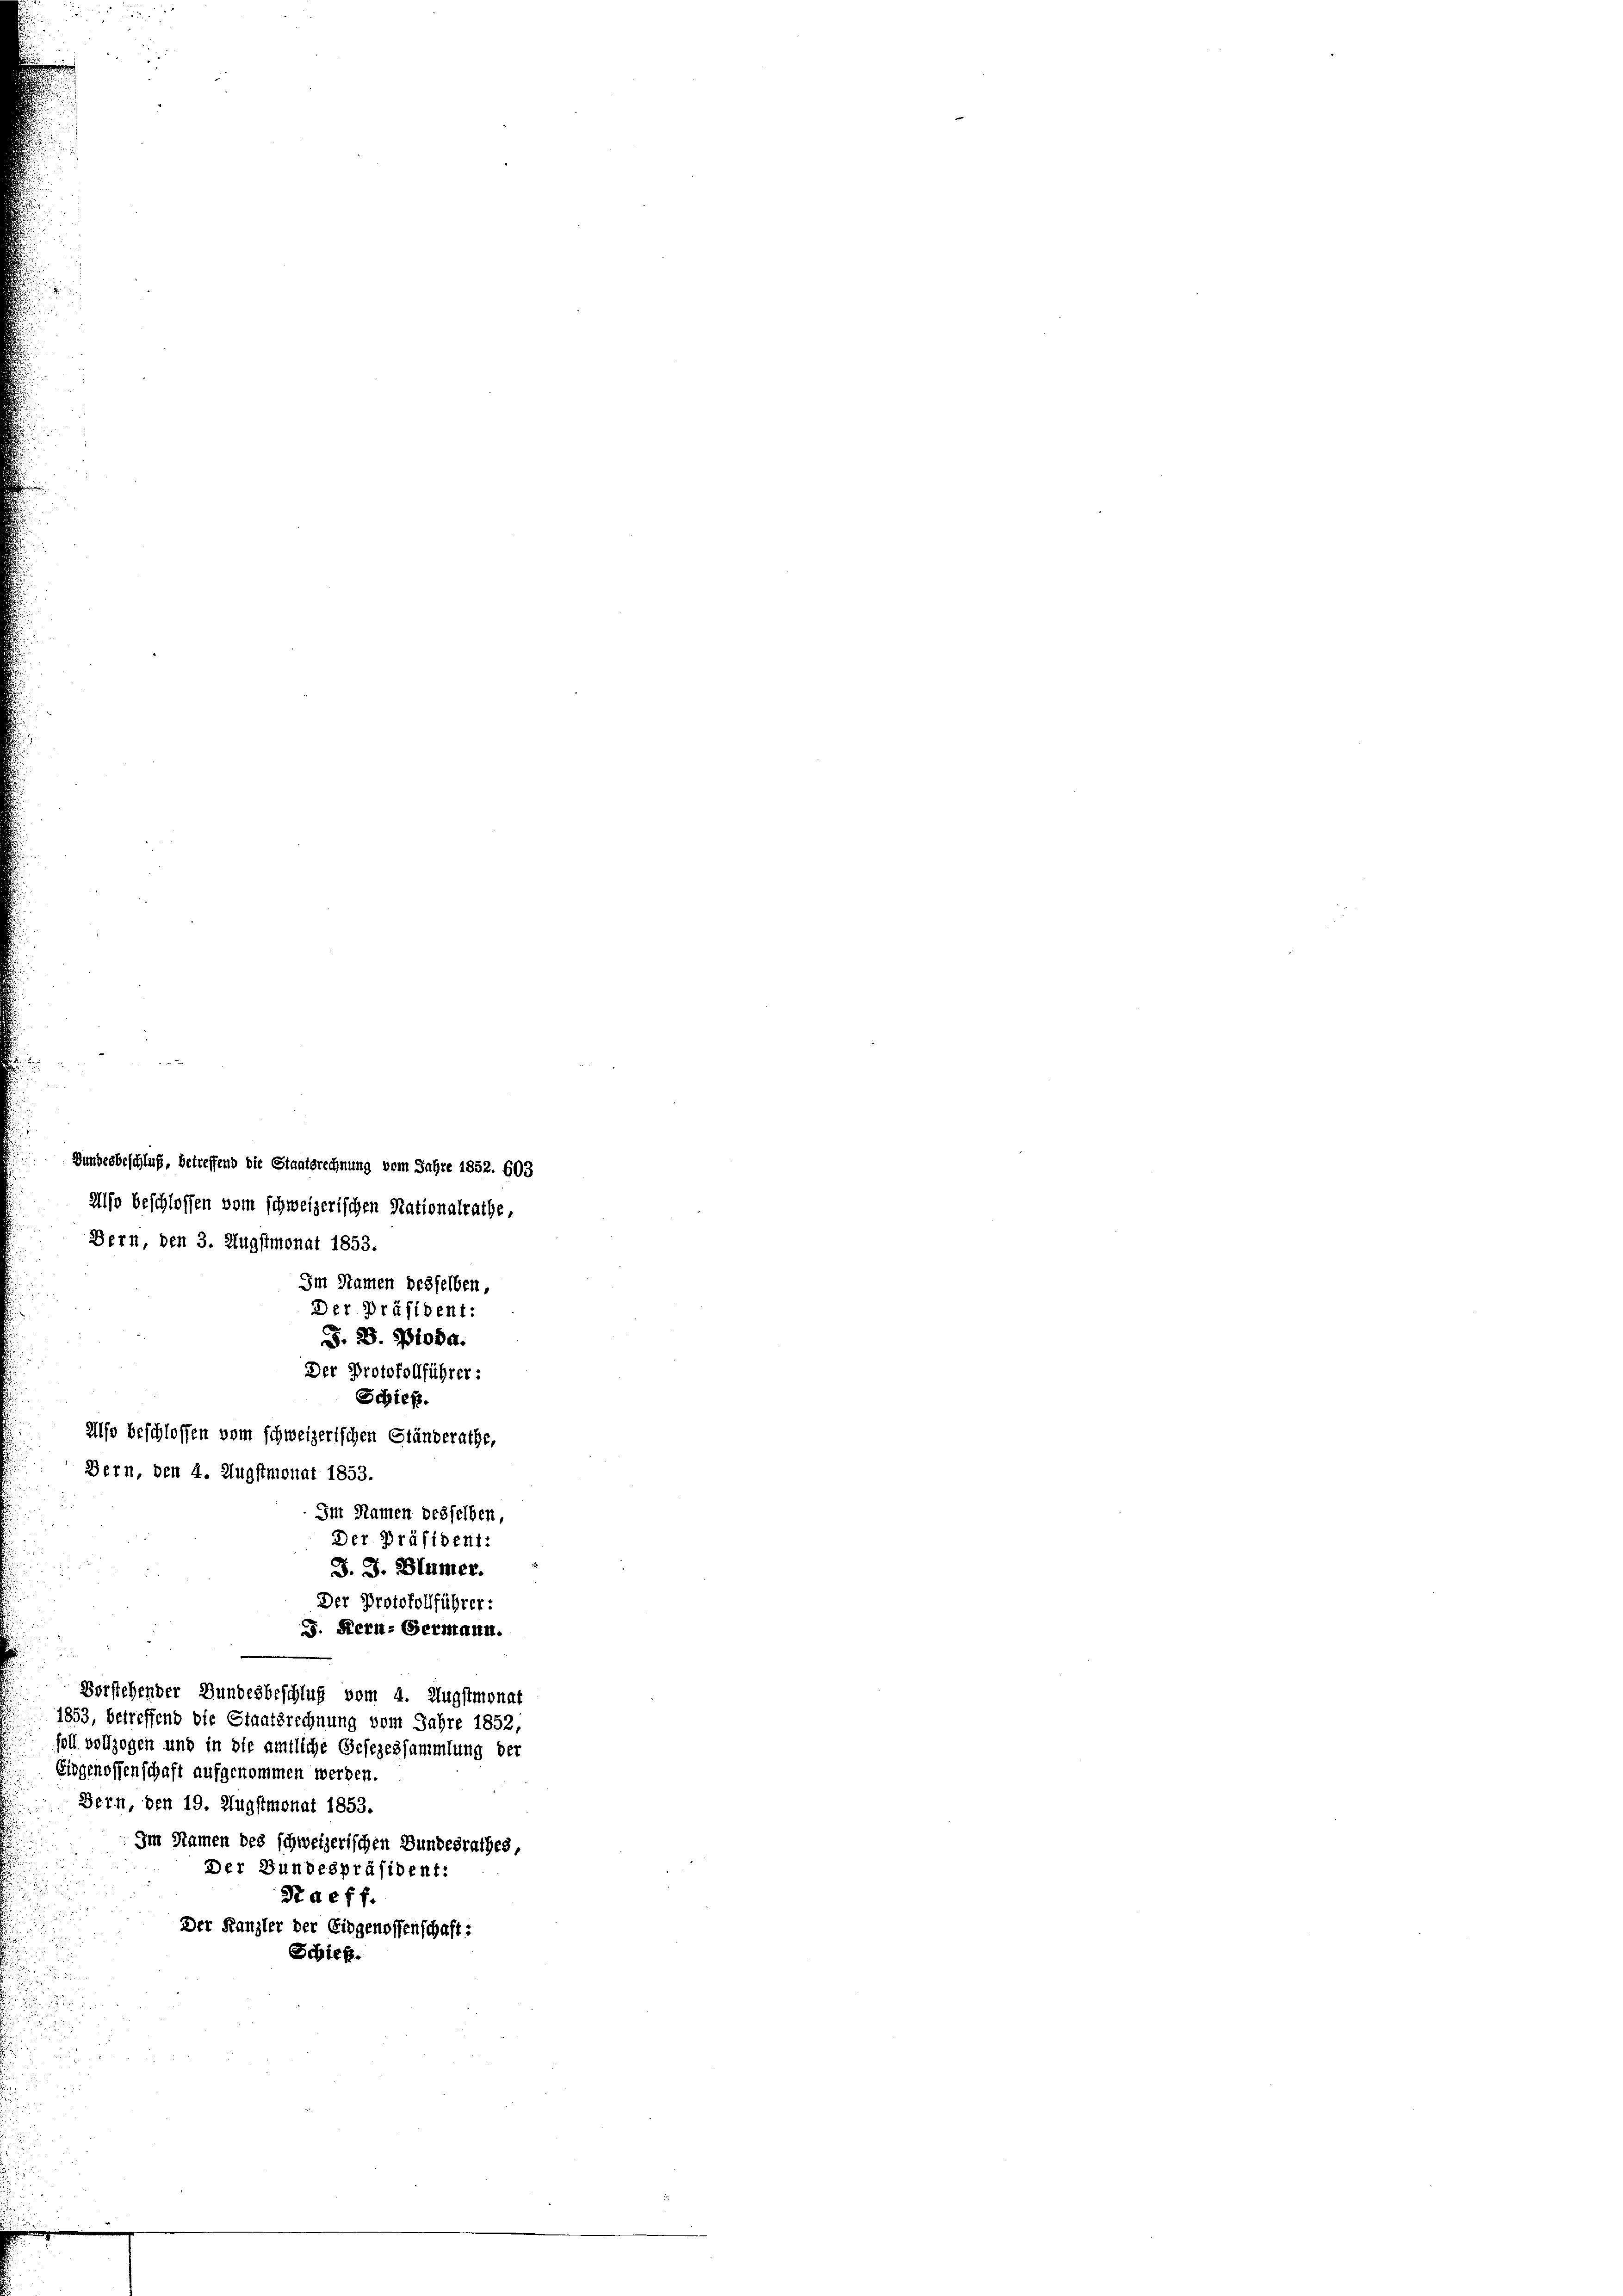
Bundesbeschluß, betreffend die Staatsrechnung vom Jahre 1852. 603
Also beschlossen vom schweizerischen Nationalrathe,
Der Protokollführer:
J. Kern- Germann.
Vorstehender Bundesbeschluß vom 4. Augstmonat
1853, betreffend die Staatsrechnung vom Jahre 1852,
soll vollzogen und in die amtliche Gesezessammlung der
Eidgenossenschaft aufgenommen werden.
Bern, den 19. Augstmonat 1853.
Im Namen des schweizerischen Bundesrathes,
Der Bundespräsident:
S deff.
Der Kanzler der Eidgenossenschaft:
Schieß.

Bern, den 3. Augstmonat 1853.
Im Namen desselben,
Der Präsident:
F. S. 310 da.
Der Protokollführer:
Schieß.
Also beschlossen vom schweizerischen Ständerathe,
Bern, den 4. Augstmonat 1853.
Int Namen desselben,
Der Präsident:
J. J. Blümer.